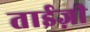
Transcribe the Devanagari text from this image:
ताईज़ी